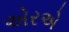
એરએ